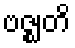
ဗဇ္ဈတိ